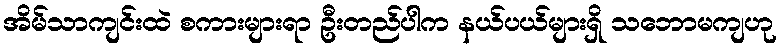
အိမ်သာကျင်းထဲ စကားများရာ ဦးတည်ပါက နယ်ပယ်များရှိ သဘောမကျဟု